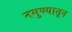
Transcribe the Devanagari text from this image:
नमुण्यातून